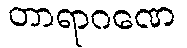
တာရာဂဏေ